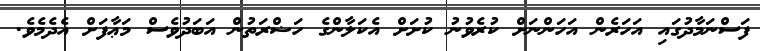
ފަސްނަމާދުގައި އަހަރެން އަހަންނަށް ކުރެވުނު ކުށަށް އެކަލާންގެ ހަޟްރަތުން އަބަދުވެސް މަޢާފަށް އެދެމެވެ.